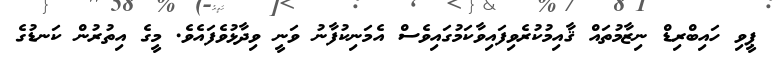
ޕީވި ހައިބްރިޑް ނިޒާމުތައް ޤާއިމުކުރެވިފައިވާކަމުގައިވެސް އެމަނިކުފާނު ވަނީ ވިދާޅުވެފައެވެ. މީގެ އިތުރުން ކަނޑުގެ